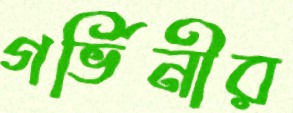
গর্ভিনীর